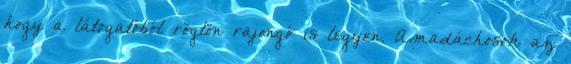
hogy a látogatóból rögtön rajongó is legyen. Amadáchosok az